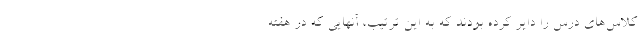
کلاس‌های درس را دایر کرده بودند که به این ترتیب، آنهایی که در هفته